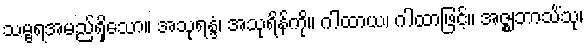
သမ္ဗရအမည်ရှိသော။ အသုရန္ဒံ၊ အသုရိန်ကို။ ဂါထာယ၊ ဂါထာဖြင့်။ အဇ္ဈဘာသိံသု၊